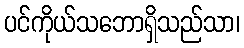
ပင်ကိုယ်သဘောရှိသည်သာ၊